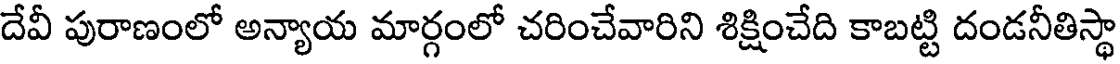
దేవీ పురాణంలో అన్యాయ మార్గంలో చరించేవారిని శిక్షించేది కాబట్టి దండనీతిస్థా